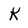
Character: K